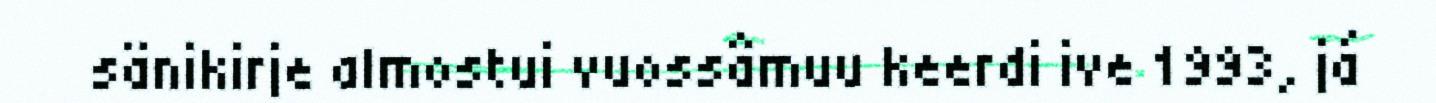
sänikirje almostui vuossâmuu keerdi ive 1993, já